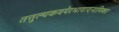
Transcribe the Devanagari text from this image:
तत्तुल्यकवयेरभावादनामिका